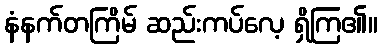
နံနက်တကြိမ် ဆည်းကပ်လေ့ ရှိကြ၏။